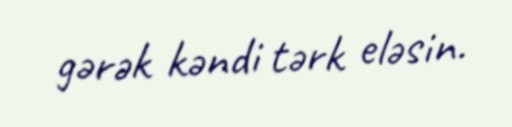
gərək kəndi tərk eləsin.